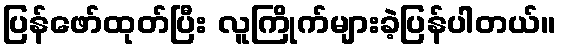
ပြန်ဖော်ထုတ်ပြီး လူကြိုက်များခဲ့ပြန်ပါတယ်။